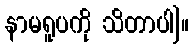
နာမရူပကို သိတာပါ]။